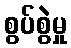
စွပ်စွဲမှု